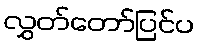
လွှတ်တော်ပြင်ပ